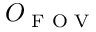
O _ { \textrm { F O V } }